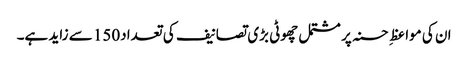
ان کی مواعظِ حسنہ پر مشتمل چھوٹی بڑی تصانیف کی تعداد150 سے زاید ہے۔